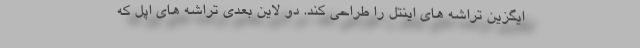
ایگزین تراشه های اینتل را طراحی کند. دو لاین بعدی تراشه های اپل که